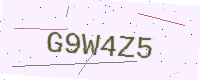
Text: G9W4Z5